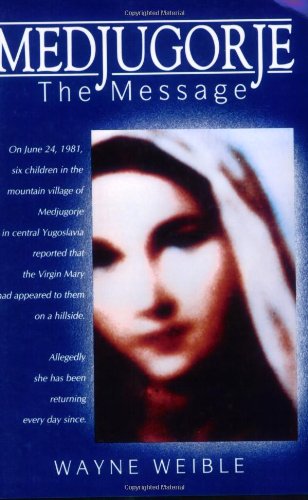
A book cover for Medjugorje: The Message (English and English Edition); Wayne Weible; Christian Books & Bibles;